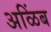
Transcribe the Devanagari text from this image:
अळिंब